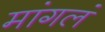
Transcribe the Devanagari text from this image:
मांगलं